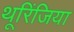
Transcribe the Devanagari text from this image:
थूरिंजिया